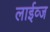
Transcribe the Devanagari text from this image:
लाईव्ज